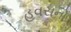
હવસનો